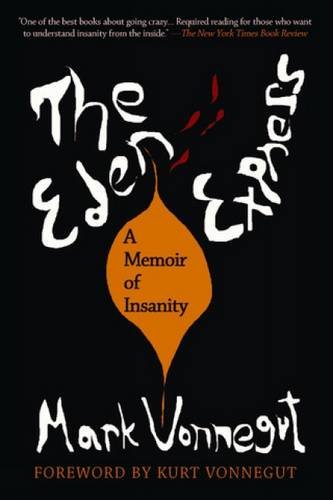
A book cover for The Eden Express: A Memoir of Insanity; Mark Vonnegut; Health, Fitness & Dieting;